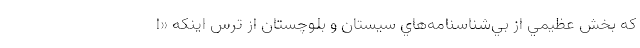
كه بخش عظيمي از بي‌شناسنامه‌هاي سيستان و بلوچستان از ترس اينكه «ا